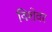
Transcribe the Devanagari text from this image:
विशेवर